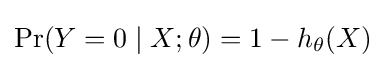
\Pr(Y=0\mid X;\theta )=1-h_{\theta }(X)